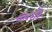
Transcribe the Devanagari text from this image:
करतें।